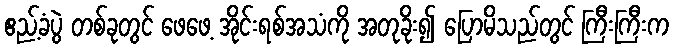
ဧည့်ခံပွဲ တစ်ခုတွင် ဖေဖေ့ အိုင်းရစ်အသံကို အတုခိုး၍ ပြောမိသည်တွင် ကြီးကြီးက